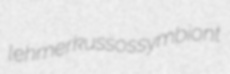
lehmer kussos symbiont